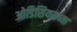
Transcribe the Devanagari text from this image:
ओडिसियसच्या